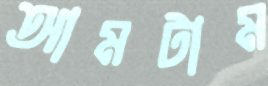
আমটাম